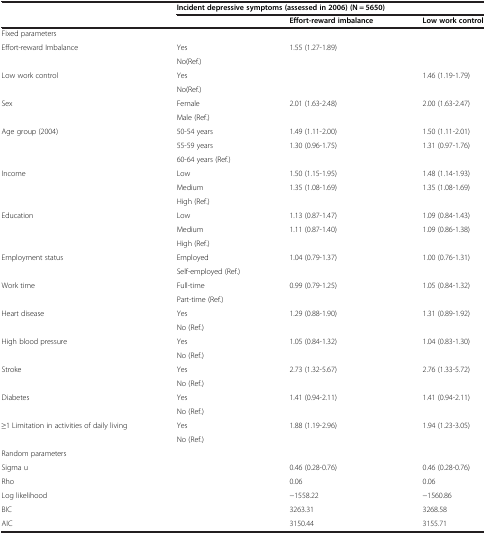
<table><thead><tr><td><b> </b></td><td colspan="3"><b>Incident depressive symptoms (assessed in 2006) (N = 5650)</b></td></tr><tr><td><b> </b></td><td><b> </b></td><td><b>Effort-reward imbalance</b></td><td><b>Low work control</b></td></tr></thead><tbody><tr><td>Fixed parameters</td><td> </td><td> </td><td> </td></tr><tr><td>Effort-reward Imbalance</td><td>Yes</td><td>1.55 (1.27-1.89)</td><td> </td></tr><tr><td> </td><td>No(Ref.)</td><td> </td><td> </td></tr><tr><td>Low work control</td><td>Yes</td><td> </td><td>1.46 (1.19-1.79)</td></tr><tr><td> </td><td>No(Ref.)</td><td> </td><td> </td></tr><tr><td>Sex</td><td>Female</td><td>2.01 (1.63-2.48)</td><td>2.00 (1.63-2.47)</td></tr><tr><td> </td><td>Male (Ref.)</td><td> </td><td> </td></tr><tr><td>Age group (2004)</td><td>50-54 years</td><td>1.49 (1.11-2.00)</td><td>1.50 (1.11-2.01)</td></tr><tr><td> </td><td>55-59 years</td><td>1.30 (0.96-1.75)</td><td>1.31 (0.97-1.76)</td></tr><tr><td> </td><td>60-64 years (Ref.)</td><td> </td><td> </td></tr><tr><td>Income</td><td>Low</td><td>1.50 (1.15-1.95)</td><td>1.48 (1.14-1.93)</td></tr><tr><td> </td><td>Medium</td><td>1.35 (1.08-1.69)</td><td>1.35 (1.08-1.69)</td></tr><tr><td> </td><td>High (Ref.)</td><td> </td><td> </td></tr><tr><td>Education</td><td>Low</td><td>1.13 (0.87-1.47)</td><td>1.09 (0.84-1.43)</td></tr><tr><td> </td><td>Medium</td><td>1.11 (0.87-1.40)</td><td>1.09 (0.86-1.38)</td></tr><tr><td> </td><td>High (Ref.)</td><td> </td><td> </td></tr><tr><td>Employment status</td><td>Employed</td><td>1.04 (0.79-1.37)</td><td>1.00 (0.76-1.31)</td></tr><tr><td> </td><td>Self-employed (Ref.)</td><td> </td><td> </td></tr><tr><td>Work time</td><td>Full-time</td><td>0.99 (0.79-1.25)</td><td>1.05 (0.84-1.32)</td></tr><tr><td> </td><td>Part-time (Ref.)</td><td> </td><td> </td></tr><tr><td>Heart disease</td><td>Yes</td><td>1.29 (0.88-1.90)</td><td>1.31 (0.89-1.92)</td></tr><tr><td> </td><td>No (Ref.)</td><td> </td><td> </td></tr><tr><td>High blood pressure</td><td>Yes</td><td>1.05 (0.84-1.32)</td><td>1.04 (0.83-1.30)</td></tr><tr><td> </td><td>No (Ref.)</td><td> </td><td> </td></tr><tr><td>Stroke</td><td>Yes</td><td>2.73 (1.32-5.67)</td><td>2.76 (1.33-5.72)</td></tr><tr><td> </td><td>No (Ref.)</td><td> </td><td> </td></tr><tr><td>Diabetes</td><td>Yes</td><td>1.41 (0.94-2.11)</td><td>1.41 (0.94-2.11)</td></tr><tr><td> </td><td>No (Ref.)</td><td> </td><td> </td></tr><tr><td>≥1 Limitation in activities of daily living</td><td>Yes</td><td>1.88 (1.19-2.96)</td><td>1.94 (1.23-3.05)</td></tr><tr><td> </td><td>No (Ref.)</td><td> </td><td> </td></tr><tr><td>Random parameters</td><td> </td><td> </td><td> </td></tr><tr><td>Sigma u</td><td> </td><td>0.46 (0.28-0.76)</td><td>0.46 (0.28-0.76)</td></tr><tr><td>Rho</td><td> </td><td>0.06</td><td>0.06</td></tr><tr><td>Log likelihood</td><td> </td><td>−1558.22</td><td>−1560.86</td></tr><tr><td>BIC</td><td> </td><td>3263.31</td><td>3268.58</td></tr><tr><td>AIC</td><td> </td><td>3150.44</td><td>3155.71</td></tr></tbody></table>